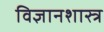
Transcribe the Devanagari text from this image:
विज्ञानशास्त्र